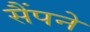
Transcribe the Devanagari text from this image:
सैंपने